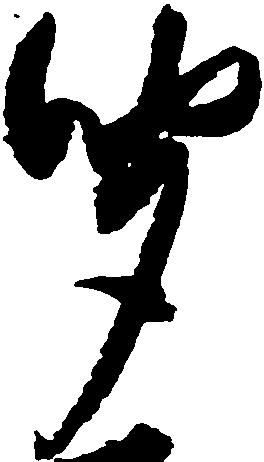
聞